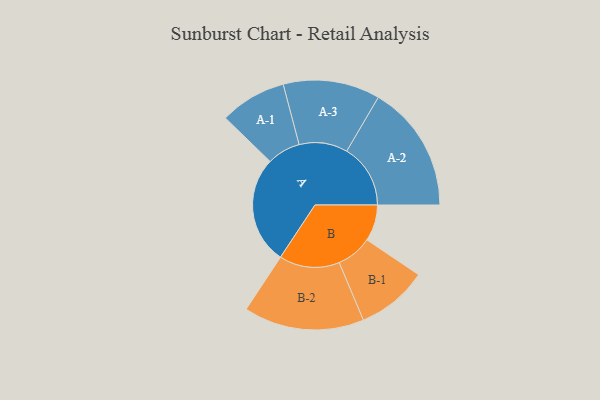
{"axis": {"x": "Segment", "y": "Value"}, "legend": ["", "A", "B"], "data": [{"x": "A", "y": 463, "type": ""}, {"x": "B", "y": 156, "type": ""}, {"x": "A-1", "y": 143, "type": "A"}, {"x": "A-2", "y": 274, "type": "A"}, {"x": "A-3", "y": 208, "type": "A"}, {"x": "B-1", "y": 153, "type": "B"}, {"x": "B-2", "y": 259, "type": "B"}]}